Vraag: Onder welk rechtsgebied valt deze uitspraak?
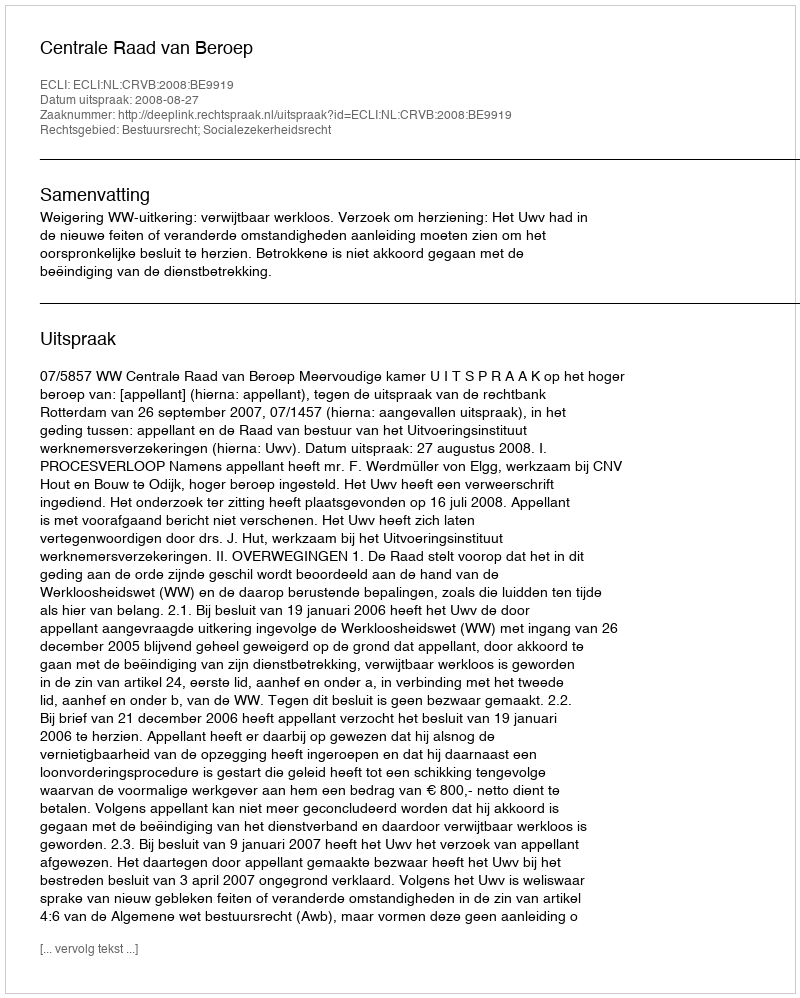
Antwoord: Bestuursrecht; Socialezekerheidsrecht